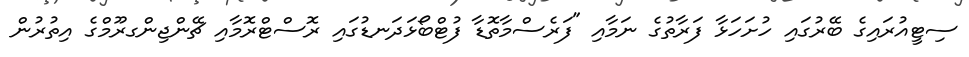
ސިޓީއުރައިގެ ބޭރުގައި ހުށަހަޅާ ފަރާތުގެ ނަމާއި "ފަރެސްމާތޮޑާ ފުޓްބޯޅަދަނޑުގައި ރޮސްޓްރޮމާއި ޗޭންޖިންގރޫމްގެ އިތުރުން